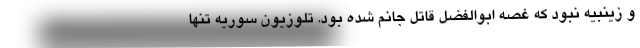
و زینبیه نبود که غصه ابوالفضل قاتل جانم شده بود. تلوزیون سوریه تنها